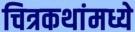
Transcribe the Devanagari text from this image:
चित्रकथांमध्ये